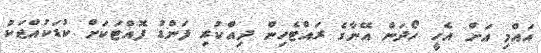
އައްމި އަށް އެހީ ހޯދަން އޭނާގެ ރައްޓެހިން ދިއްކުރި ފަންޑު ފޮއްޓަކަށް ކުޑަކުއްޖަކު